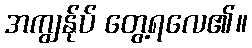
အကျွန်ုပ် တွေ့ရလေ၏။